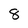
Character: 8